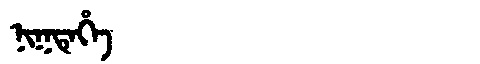
Manchu: ᠨᡳᡴᡨᡝᡥᡝ
Romanization: NIKTEHE